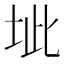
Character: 𭎔